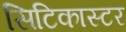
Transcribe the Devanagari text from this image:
सिटिकास्टर